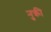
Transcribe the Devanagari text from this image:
नुक्री